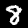
Digit: 8